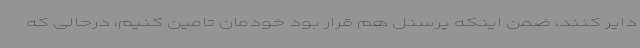
دایر کنند، ضمن اینکه پرسنل هم قرار بود خودمان تامین کنیم، درحالی که